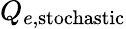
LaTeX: Q_{e,\mathrm{stochastic}}